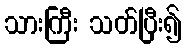
သားကြီး သတ်ပြီး၍